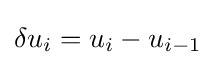
{\textstyle \delta u_{i}=u_{i}-u_{i-1}}